Annual report on the lock hospitals of the Madras Presidency
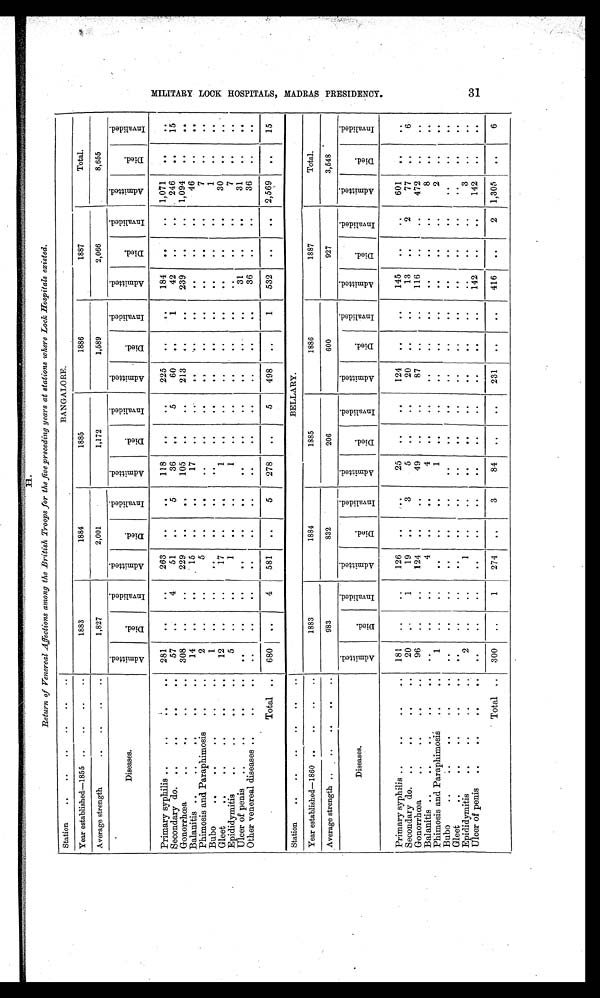
H.
Return of Venereal Affections among the British Troops for the five preceding years at stations where Look Hospitals existed.
Station
..
..
..
...
..
BANGALORE.
Year established-1855 ..
...
..
1883
1884
1885
1886
1887
Total.
Average strength
..
.. a
1,827
2,001
1,172
1,589
2,066
8,655
.
Diseases.
A d m i t t e d .
D i e d .
I n v a l i d e d .
A d m i t t e d .
D i e d .
I n v a l i d e d .
A d m i t t e d .
D i e d .
I n v a l i d e d .
A d m i t t e d .
D i e d .
I n v a l i d e d .
A d m i t t e d .
Died.
I n v a l i d e d .
A d m i t t e d .
D i e d .
I n v a l i d e d .
Primary syphilis ..
.. .. .
281
. .
263
. .
. .
118
. .
. .
225
. . . .
184
. .
. . 1,071
. .
. .
Secondary do. ..
.. .. .
57
. .
4
51
..
5
36
. .
5
60
. .
1
42
. .
. .
246
. .
15
Gonorrhœa
..
308
..
..
229
. .
105
. .
. .
213
..
. .
239
. .
..
1,094
. .
. .
..
..
Balanitis ..
.. ..
.. ..
14
. .
..
5
. .
..
. .
17
. . ..
..
...
. .
..
. .
..
46
. .
. .
Phimosis and Paraphimosis
...
2
..
. .
5
. .
. .
. .
. .
. .
. .
. .
. .
. .
. .
. .
7
. .
. .
Bubo
..
.. ...
1
. .
. .
. .
. .
. .
. .
. .
. .
. .
. .
. .
. .
. .
. .
1
. .
. .
Gleet
.. .. .. ..
12
. .
..
17
. .
. .
1
. .
. .
. .
. .
. .
. .
. .
. .
30
. .
. .
Epididymitis
..
5
. .
. .
1
. .
. .
1
. .
. .
. .
..
. .
..
. .
. .
7
. .
. .
Ulcer of penis
..
.. ..
. . ..
. .
. .
. .
. .
. .
. .
. .
..
. .
. .
31
36
. .
..
3 1
. .
. .
Other venereal diseases ..
..
. .
. .
. .
. .
. .
..
. .
. .
. .
..
. .
. .
. .
. .
. .
. .
.
Total ..
680
4
581
. .
5
278
. .
5
498
. .
*
1
532
. .
. . . .
..
2,569
. .
15
Station
...
..
...
BELLARY.
Year established.-1860 ..
..
..
1883
1884
1885
1886
1887
Total.
Average strength .. ..
..
983
832
206
600
927
3,548
Diseases.
A d m i t t e d .
D i e d .
I n v a l i d e d .
A d m i t t e d .
D i e d .
I n v a l i d e d .
A d m i t t e d .
D i e d .
I n v a l i d e d .
A d m i t t e d .
D i e d .
I n v a l i d e d .
A d m i t t e d .
D i e d .
I n v a l i d e d .
A d m i t t e d .
D i e d .
I n v a l i d e d .
Primary syphilis ..
.. ...
181
..
..
126
. .
25
. .
. .
124
. .
. .
145
. .
..
601
..
. .
Secondary do. ..
.. ..
20
..
1
19
. .
3
5
. .
. .
20
. .
13
. .
2
77
. .
6
Gonorrhœa
.
.. ..
96
. .
. .
124
. .
. .
49
. .
. .
87
. . ..
116
. .
. .
472
. .
. .
Balanitis ..
.. .. ..
. .
. .
. .
4
. .
. .
4
. . ..
. .
..
..
. .
. .
. .
8
. .
. .
Phimosis and Paraphimosis
..
1
..
..
. .
..
..
1
..
. .
. .
. .
. .
. .
. .
. .
2
. .
. .
Bubo
...
...
.
. .
. .
. .
. .
. .
. .
. .
. .
. .
. .
. .
. .
..
. .
Gleet
.... .
..
.
..
..
. .
. .
..
. .
. .
. .
. .
. . . . .
. .
. .
. .
..
. .
. .
Epididymitis
.. ...
..
2
..
. .
1
. .
. .
.. .
. .
. .
....
....
. .
...
. .
. .
3
. .
. .
Ulcer of penis
..
.. ..
. . ..
..
. .
..
. .
. . ..
. .
. . ..
142
..
. .
142
. .
. .
Total ..
300
..
1
274
..
3
84
. .
. .
231
. .
. .
416
. .
2 1,305
. .
6
3 1 A P P E N D I X T O A N N U A L R E P O R T O N